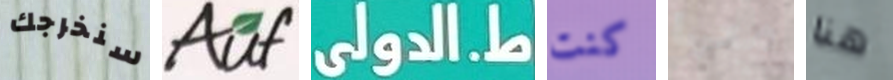
سنخرجك Auf ط.الدولى كنت معها هنا